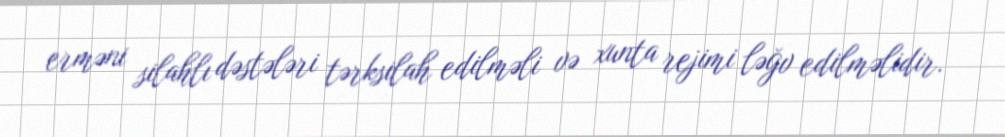
erməni silahlı dəstələri tərksilah edilməli və xunta rejimi ləğv edilməlidir.